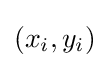
\textstyle (x_{i},y_{i})